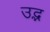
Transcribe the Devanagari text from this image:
उद्भ